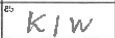
Transcription: KIW